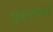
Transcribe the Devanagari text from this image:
भुजलाचा